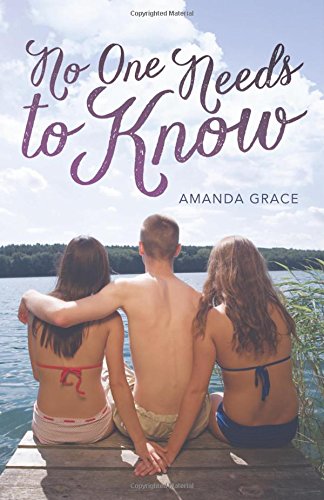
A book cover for No One Needs to Know; Amanda Grace; Teen & Young Adult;